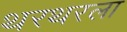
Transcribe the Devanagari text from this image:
थरथरला